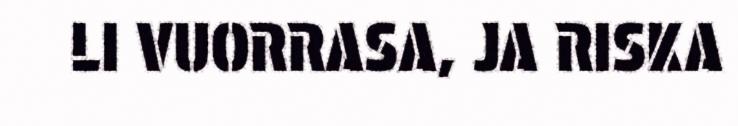
LI VUORRASA, JA RISKA